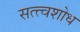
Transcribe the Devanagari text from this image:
सत्त्वशोध